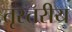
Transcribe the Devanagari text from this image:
तृस्तरीय